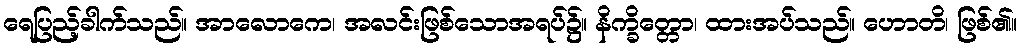
ရေပြည့်ခါက်သည်။ အာလောကေ၊ အလင်းဖြစ်သောအရပ်၌။ နိက္ခိတ္တော၊ ထားအပ်သည်။ ဟောတိ၊ ဖြစ်၏။